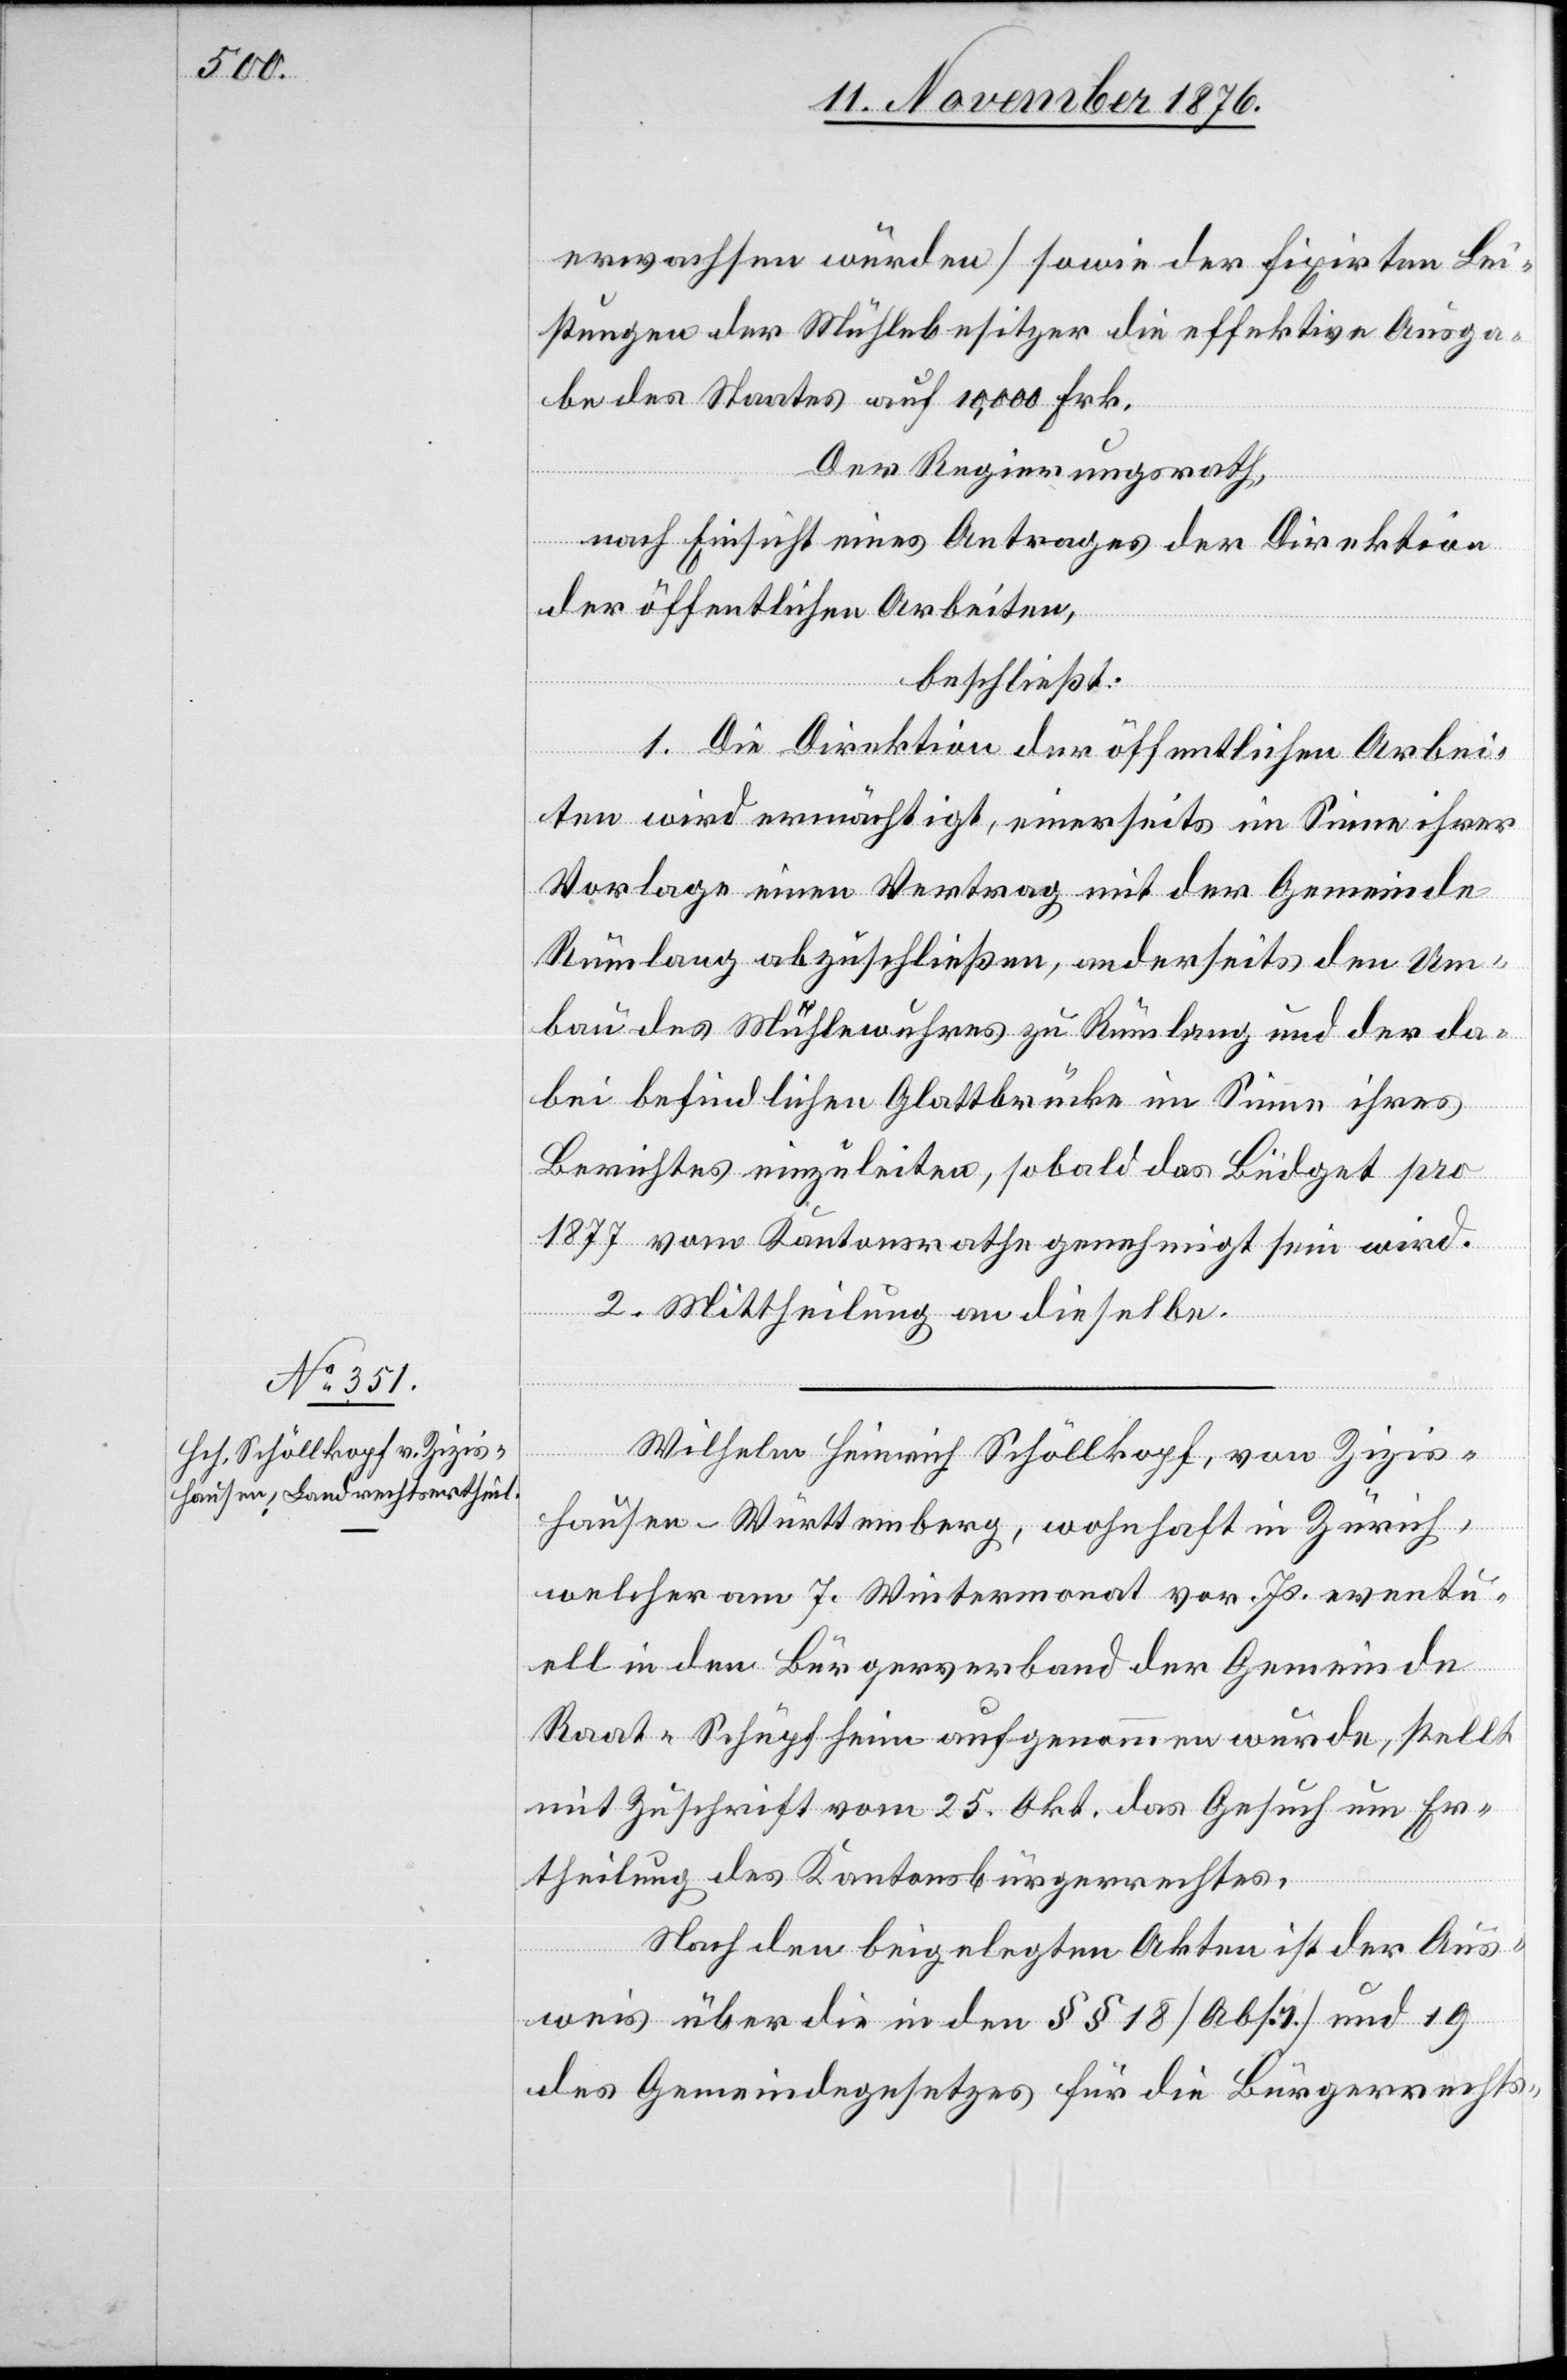
erwachsen würden] sowie der fixirten Lei¬
stungen der Mühlebesitzer die effektive Ausga¬
be des Staates auf 10,000 Frk.
Der Regierungsrath,
nach Einsicht eines Antrages der Direktion
der öffentlichen Arbeiten,
beschließt:
1. Die Direktion der öffentlichen Arbei¬
ten wird ermächtig, einerseits im Sinne ihrer
Vorlage einen Vertrag mit der Gemeinde
Rümlang abzuschließen, anderseits den Um¬
bau des Mühlewuhres zu Rümlang und der da¬
bei befindlichen Glattbrücke im Sinne ihres
Berichtes einzuleiten, sobald das Büdget pro
1877 vom Kantonsrathe genehmigt sein wird.
2. Mittheilung an dieselbe.